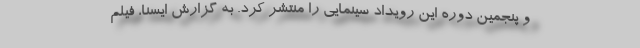
و پنجمین دوره این رویداد سینمایی را منتشر کرد. به گزارش ایسنا، فیلم